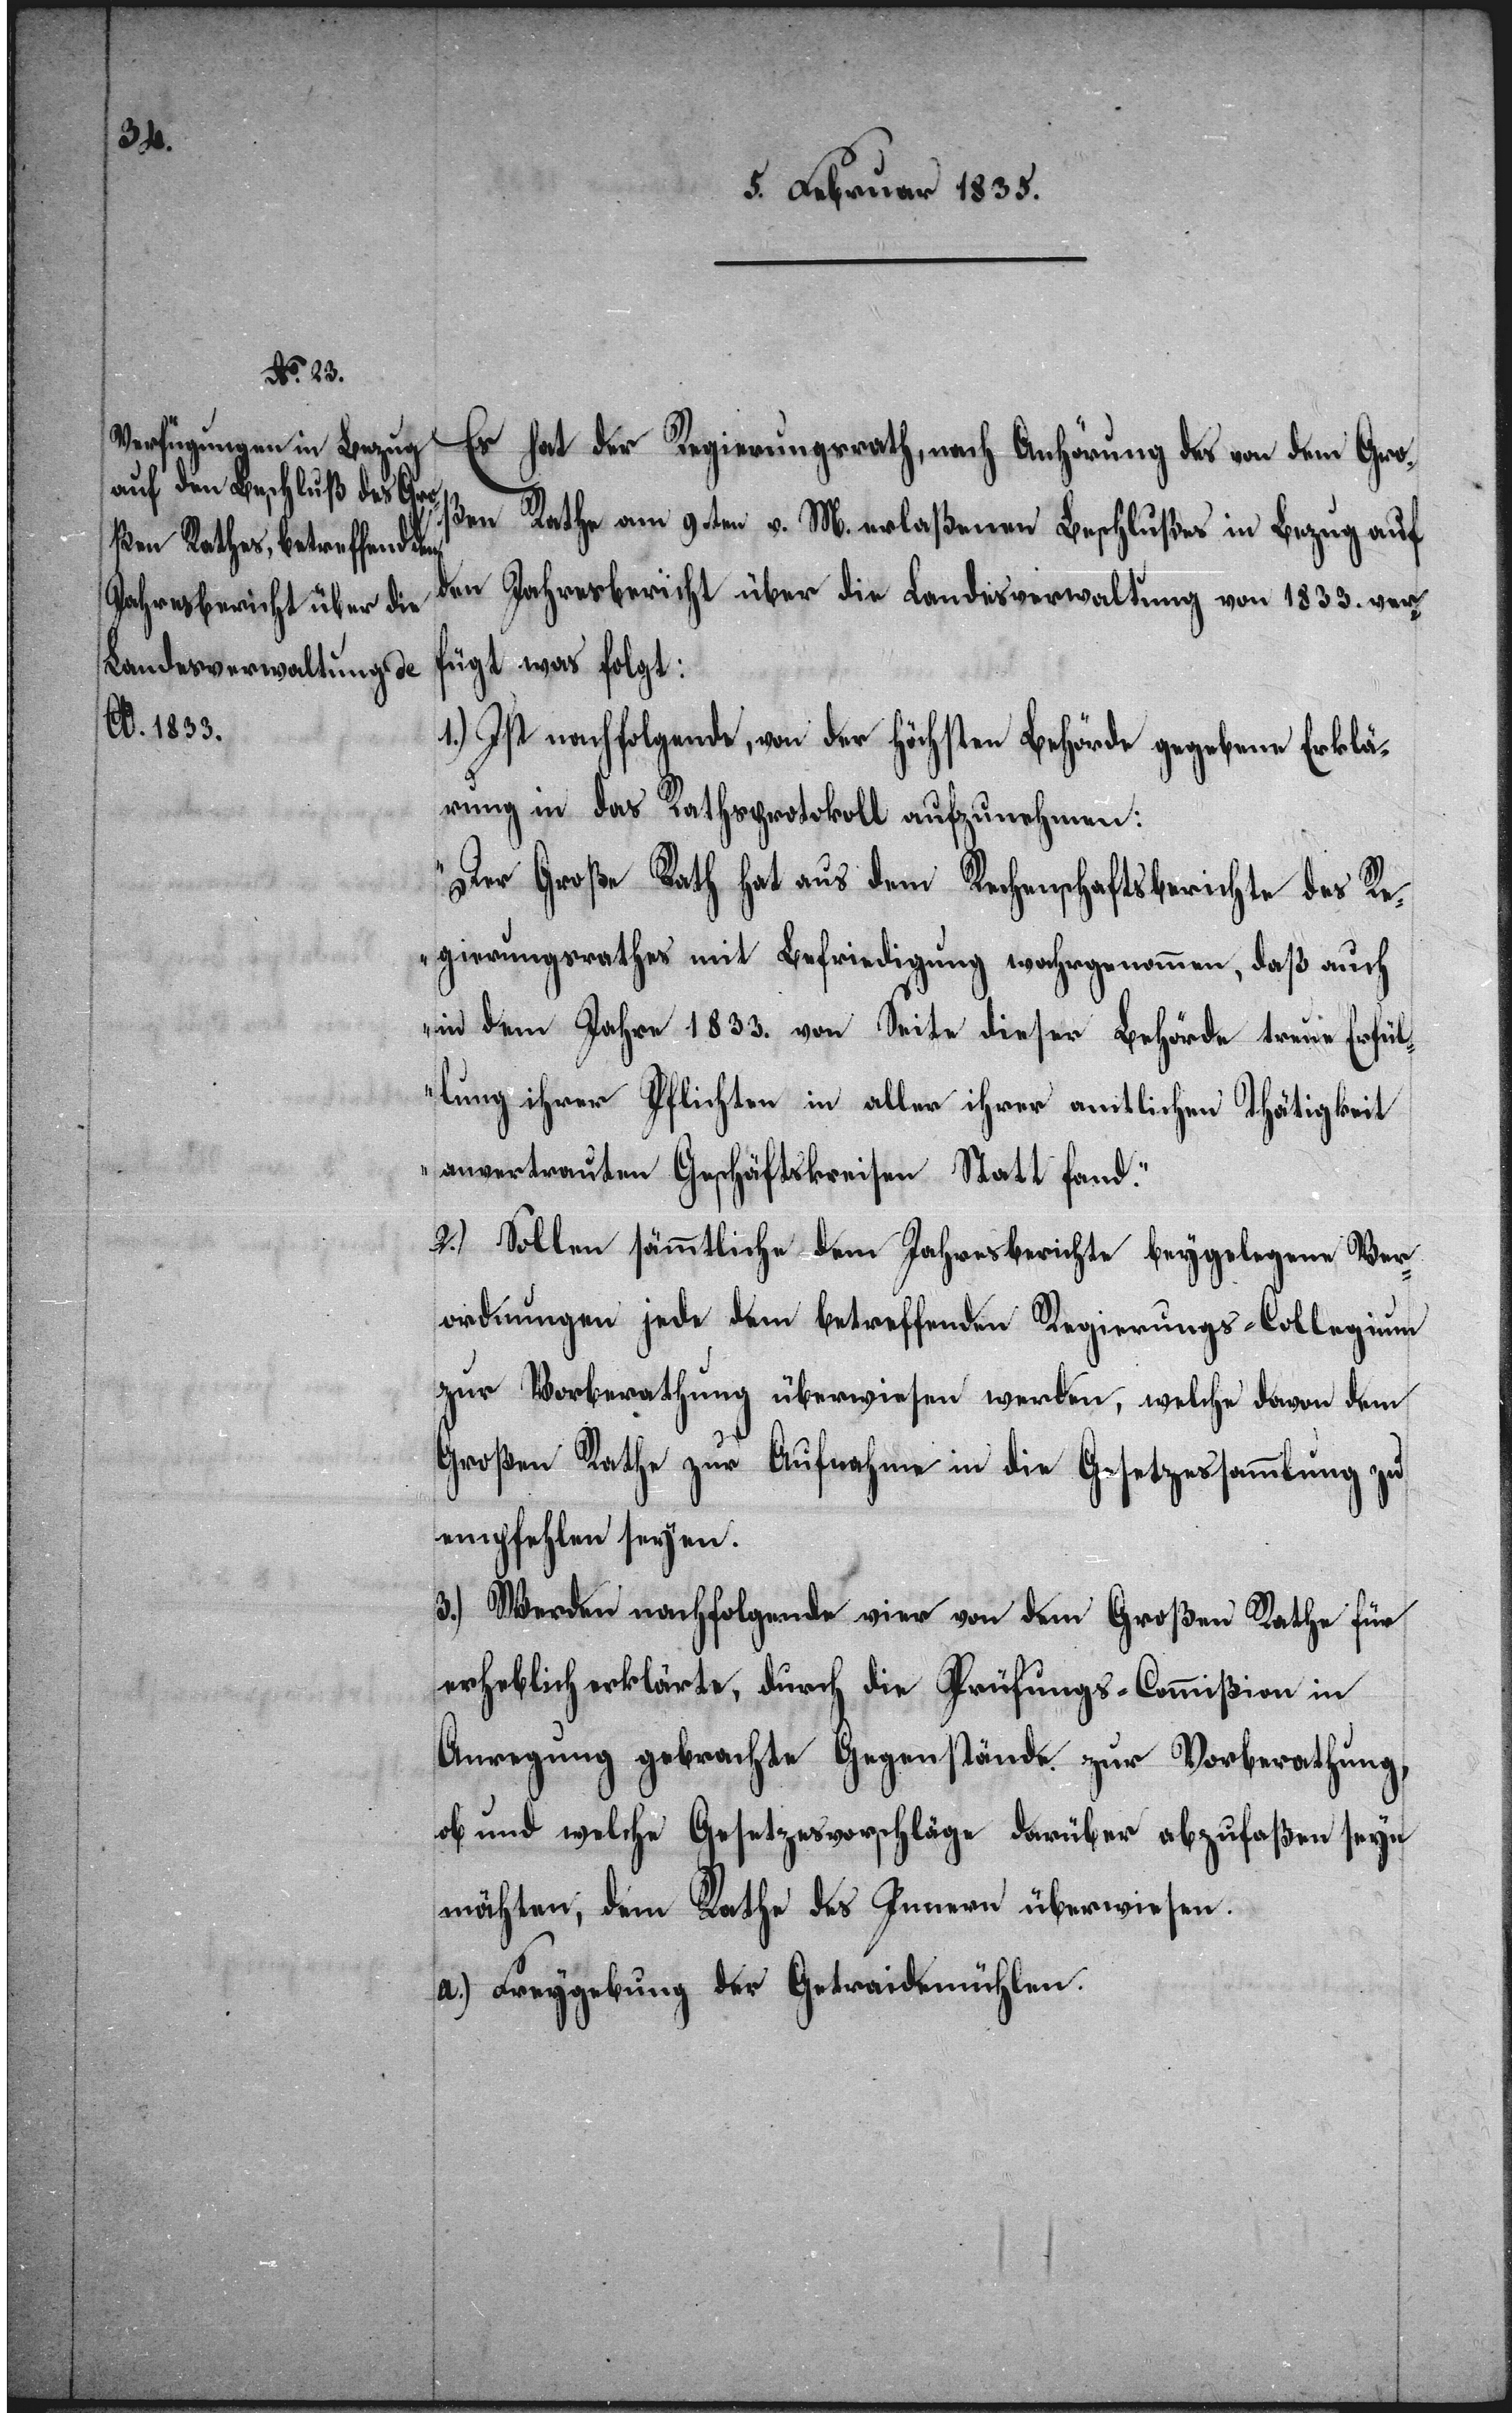
Es hat der Regierungsrath, nach Anhörung des von dem Gro¬
ßen Rathe am 9ten v. M. erlaßenen Beschlußes in Bezug auf
den Jahresbericht über die Landesverwaltung von 1833. ver¬
fügt was folgt:
1.) Ist nachfolgende, von der höchsten Behörde gegebene Erklä¬
rung in das Rathsprotokoll aufzunehmen:
„Der Große Rath hat aus dem Rechnungsberichte des Re¬
gierungsrathes mit Befriedigung wahrgenommen, daß auch
in dem Jahre 1833. von Seite dieser Behörde treue Erfül¬
lung ihrer Pflichten in aller ihrer amtlichen Thätigkeit
anvertrauten Geschäftskreisen Statt fand.“
2.) Sollen sämmtliche dem Jahresberichte beygelegene Ver¬
ordnungen jede dem betreffenden Regierungs-Collegium
zur Vorberathung überwiesen werden, welche davon dem
Großen Rathe zur Aufnahme in die Gesetzessammlung zu
empfehlen seyen.
3.) Werden nachfolgende vier von dem Großen Rathe für
erheblich erklärte, durch die Prüfungs-Commißion in
Anregung gebrachte Gegenstände zur Vorberathung,
ob und welche Gesetzesvorschläge darüber abzufaßen seyn
möchten, dem Rathe des Innern überwiesen.
a.) Freygebung der Getreidemühlen.